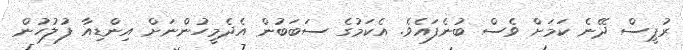
ރުޕީސް ދޭނެ ކަމަށް ވެސް ބުނެފައެވެ. އެކަމުގެ ސަބަބުން އެދެމީހުންނަށް އިންޑިއާ ފުލުހުން